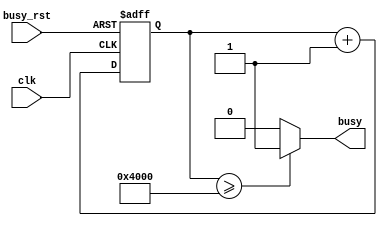
`timescale 1ns/10ps
module count16384(busy, clk, busy_rst);
input clk, busy_rst;
output busy;
reg busy;
reg [15:0] count;

	always @(posedge clk or negedge busy_rst)
begin
	if(!busy_rst)
	begin
		count <= 16'b0;
	end
	else
	begin
		count <= count +1;
	end
end

always @(count)
begin
	busy = (count >= 16384)?1:0;
end

endmodule